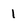
Character: 1